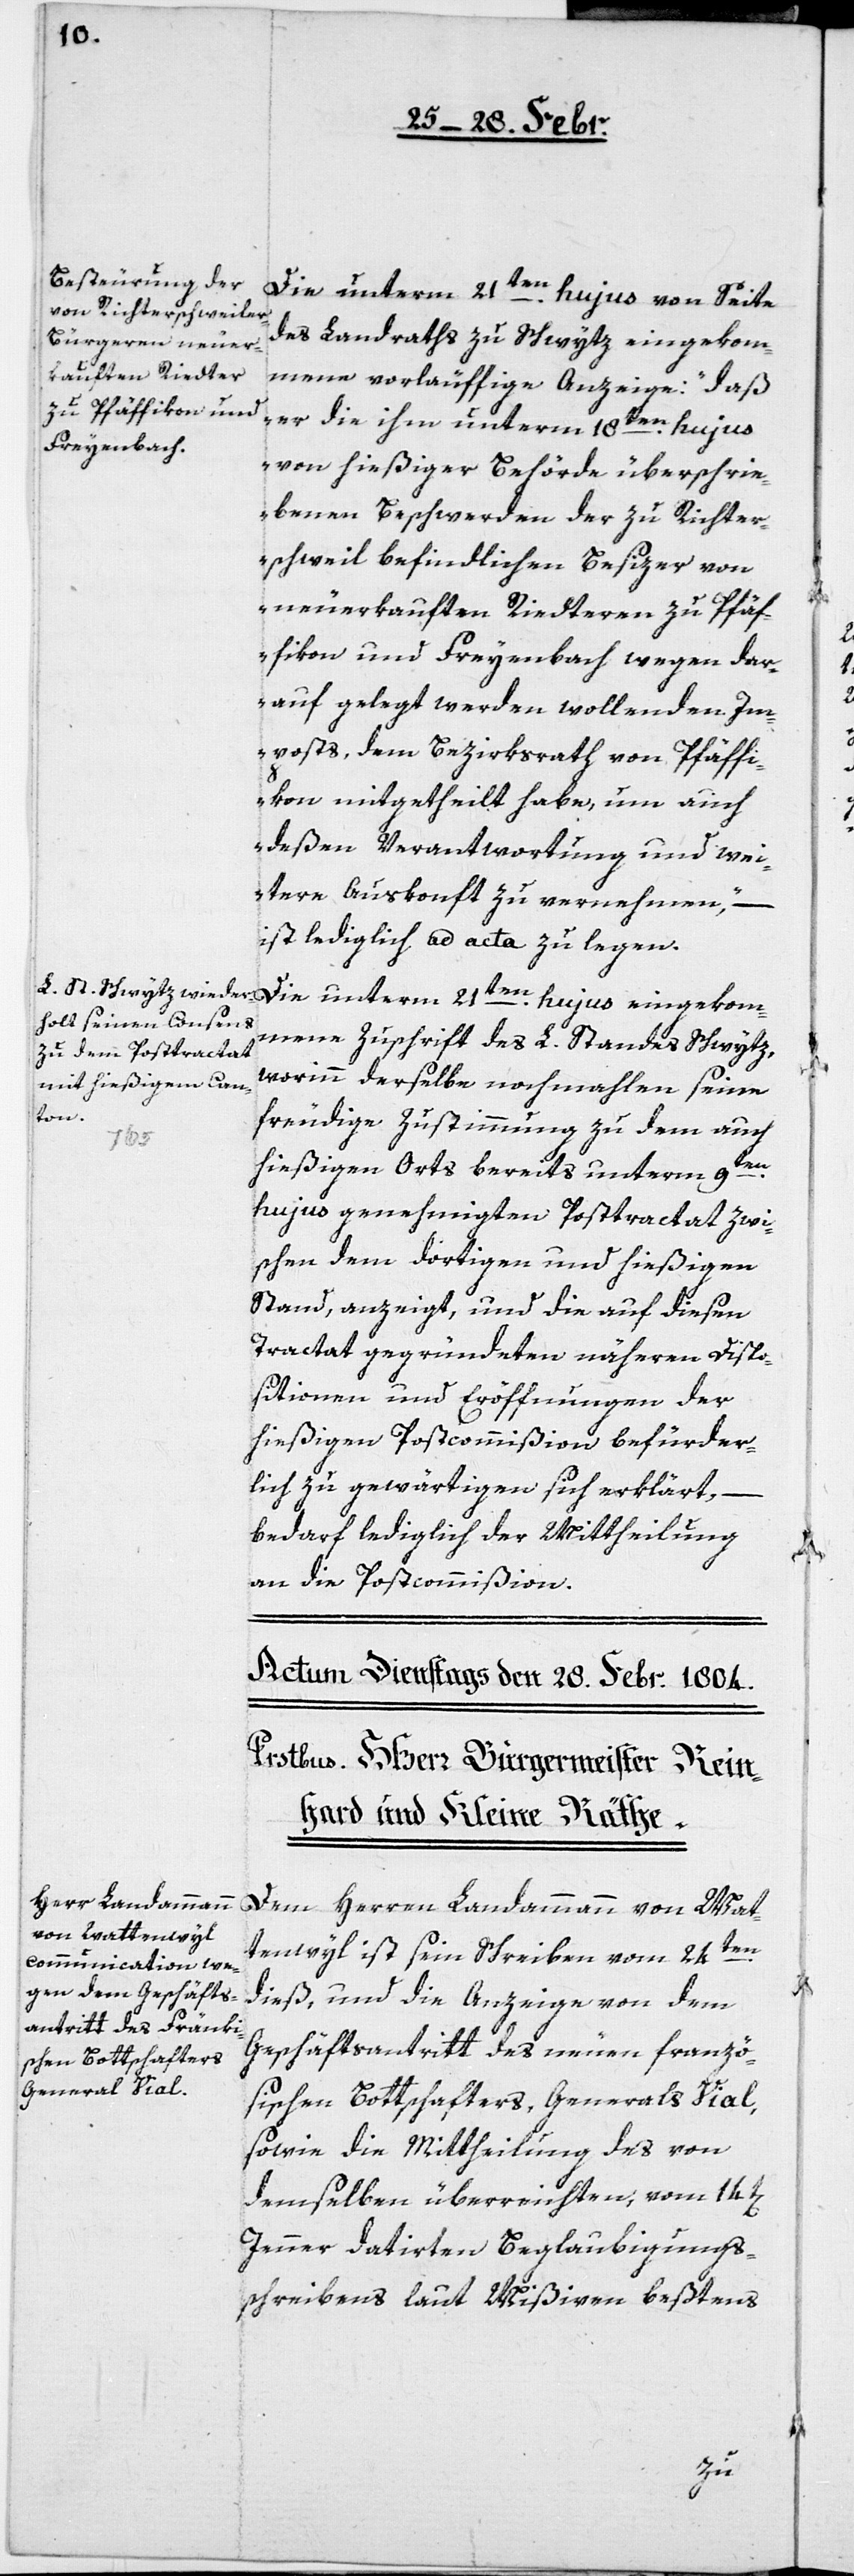
Die unterm 21ten hujus von Seite
des Landraths zu Schwytz eingekom¬
mene vorläuffige Anzeige: „daß
er die ihm unterm 18ten hujus
von hießiger Behörde überschrie¬
benen Beschwerden der zu Richter¬
schweil befindlichen Besizer von
neuerkauften Riedteren zu Pfäf¬
fikon und Freyenbach wegen dar¬
auf gelegt werden wollenden Im¬
posts, dem Bezirksrath von Pfäffi¬
kon mitgetheilt habe, um auch
deßen Verantwortung und wei¬
tere Auskonft zu vernehmen“, –
ist lediglich ad acta zu legen.
mmene Zuschrift des L. Standes Schwytz,
worinn derselbe nochmahlen seine
freudige Zustimmung zu dem auch
hießigen Orts bereits unterm 9ten
hujus genehmigten Posttractat zwi¬
schen dem dortigen und hießigen
Stand, anzeigt, und die auf diesen
Tractat gegründeten näheren Dispo¬
sitionen und Eröffnungen der
hießigen Post-Commißion befürder¬
lich zu gewärtigen sich erklärt, –
bedarf lediglich der Mittheilung
an die Post-Commißion.
unterm 21ten hujus eingeko¬
Dem Herrn Landammann von Wat¬
tenwyl ist sein Schreiben vom 24ten
dieß, und die Anzeige von dem
Geschäftsantritt des neuen franzö¬
sischen Bottschafters, Generals Vial,
sowie die Mittheilung des von
demselben überreichten, vom 14t[en]
Jenner datirten Beglaubigungs¬
schreibens laut Mißiven bestens

Die